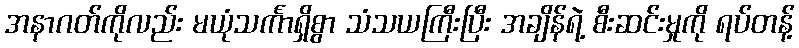
အနာဂတ်ကိုလည်း မယုံသင်္ကာရှိစွာ သံသယကြီးပြီး အချိန်ရဲ့ စီးဆင်းမှုကို ရပ်တန့်